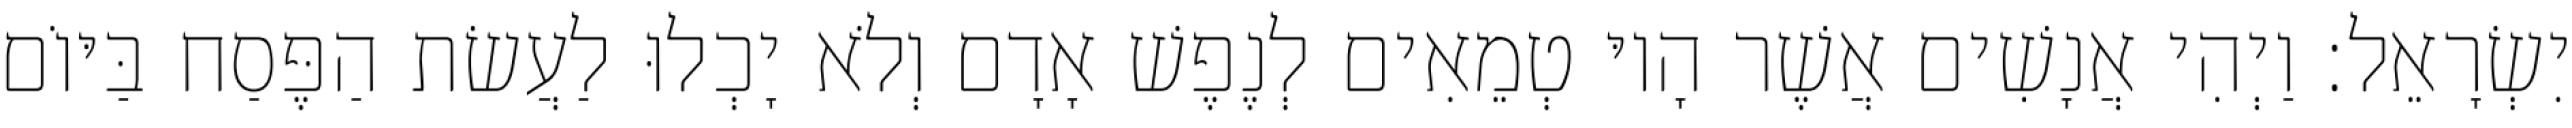
יִשְׂרָאֵל׃ וַיְהִי אֲנָשִׁים אֲשֶׁר הָיוּ טְמֵאִים לְנֶפֶשׁ אָדָם וְלֹא יָכְלוּ לַעֲשׂת הַפֶּסַח בַּיּוֹם